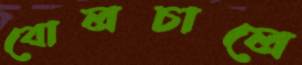
বোলচালে